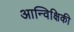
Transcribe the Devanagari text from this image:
आन्विक्षिकी